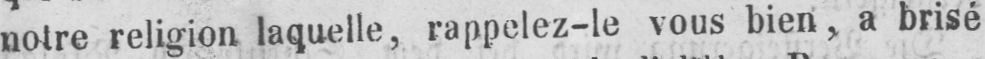
notre religion laquelle, rappelez-le vous bien, a brisé